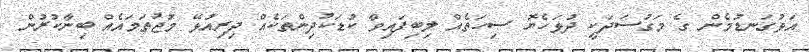
އަޅުގަނޑުމެން ގެ މަގުސަދަކީ ދުޅަހެޔޮ ސިހަތެއް ލިބިފައިވާ ކުޑަކުދިންތަކެއް ދިރިއުޅޭ މުޖުތަމައެއް ބިނާކުރުން